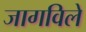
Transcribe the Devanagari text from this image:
जागविले